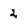
Character: 2